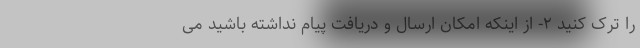
را ترک کنید ۲- از اینکه امکان ارسال و دریافت پیام نداشته باشید می